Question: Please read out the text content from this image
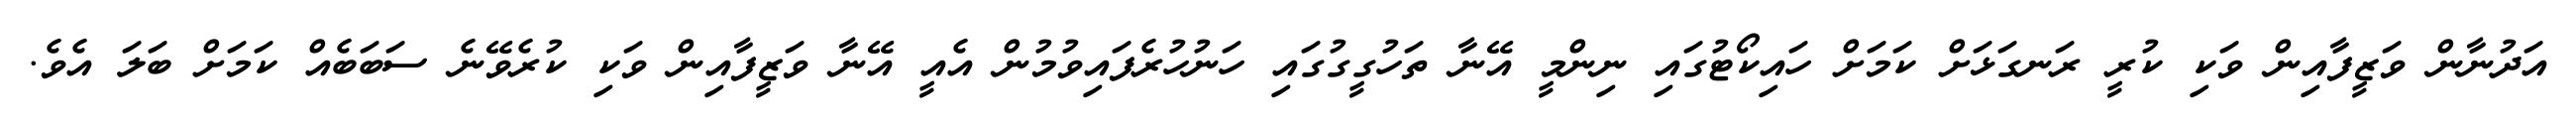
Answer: އަދުނާން ވަޒީފާއިން ވަކި ކުރީ ރަނގަޅަށް ކަމަށް ހައިކޯޓުގައި ނިންމީ އޭނާ ތަހުގީގުގައި ހަނުހުރެފައިވުމުން އެއީ އޭނާ ވަޒީފާއިން ވަކި ކުރެވޭނެ ސަބަބެއް ކަމަށް ބަލަ އެވެ.